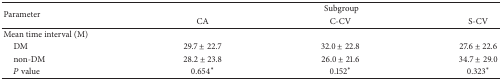
<table><thead><tr><td rowspan="2"><b>Parameter</b></td><td colspan="3"><b>Subgroup</b></td></tr><tr><td><b>CA</b></td><td><b>C-CV</b></td><td><b>S-CV</b></td></tr></thead><tbody><tr><td>Mean time interval (M)</td><td></td><td></td><td></td></tr><tr><td> DM</td><td>29.7 ± 22.7</td><td>32.0 ± 22.8</td><td>27.6 ± 22.6</td></tr><tr><td> non-DM</td><td>28.2 ± 23.8</td><td>26.0 ± 21.6</td><td>34.7 ± 29.0</td></tr><tr><td> <i>P</i> value</td><td>0.654*</td><td>0.152*</td><td>0.323*</td></tr></tbody></table>